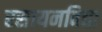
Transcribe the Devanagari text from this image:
रसायनविद्या